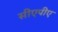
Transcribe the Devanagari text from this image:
सीएपीए